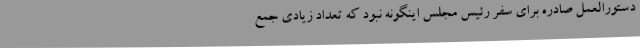
دستورالعمل صادره برای سفر رئیس مجلس اینگونه نبود که تعداد زیادی جمع